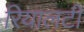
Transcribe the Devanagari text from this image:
रियालटी